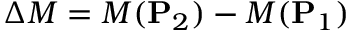
\Delta { M } = { M } ( \mathbf { P } _ { 2 } ) - { M } ( \mathbf { P } _ { 1 } )